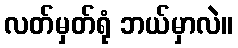
လတ်မှတ်ရုံ ဘယ်မှာလဲ။